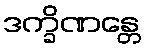
ဒက္ခိဏန္တေ